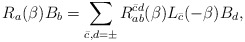
\begin{align*}R_a ( \beta) B_b = \sum_{\bar c, d = \pm} R_{a b}^{\bar c d} ( \beta) L_{\bar c} ( - \beta) B_d,\end{align*}